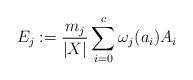
LaTeX: \begin{align*} E_j := \frac{m_j}{|X|}\sum_{i=0}^c \omega_j(a_i) A_i\end{align*}